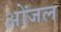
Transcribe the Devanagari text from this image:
ओंजल